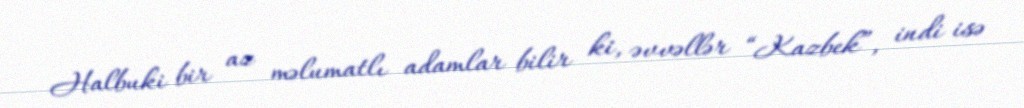
Halbuki bir az məlumatlı adamlar bilir ki, əvvəllər “Kazbek”, indi isə